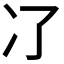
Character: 𠖭